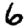
Digit: 6